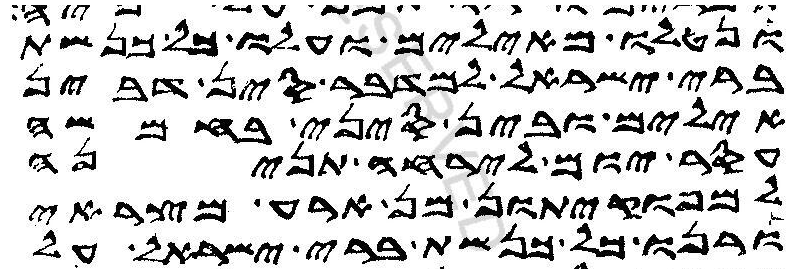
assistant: ונטלו מאילים ועלו כל כנשת
ברי ישראל למדבר סין דבין
אילים ובין סיני בחמשה
עסר יום לירחה תנינה
למפוקיתון מן ארע מצראי
ורנו כל כנשת ברי ישראל על